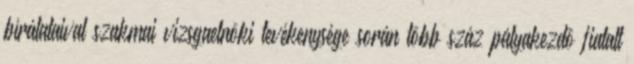
bírálataival szakmai vizsgaelnöki tevékenysége során több száz pályakezdô fiatalt